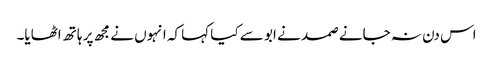
اس دن نہ جانے صمد نے ابو سے کیا کہا کہ انہوں نے مجھ پر ہاتھ اٹھایا۔